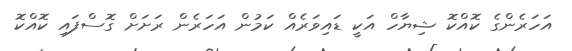
އަހަރެންގެ ކޮއްކޮ ޝިޔާހް އަކީ ޑައިވަރެއް ކަމުން އަހަރެން ރަށަށް ގޮސްފައި ކޮއްކޮ